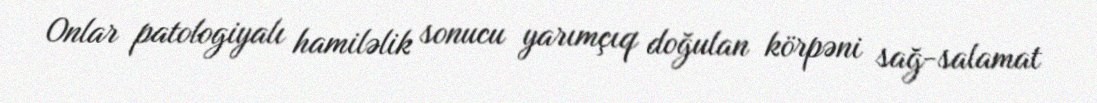
Onlar patologiyalı hamiləlik sonucu yarımçıq doğulan körpəni sağ-salamat